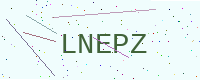
Text: LNEPZ